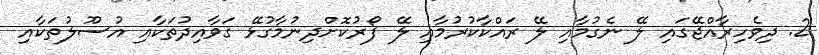
2. ދިވެހިރާއްޖޭގައި ލޭ ނެގުމާއި ލޭ ރައްކާކުރުމާއި ލޭ ފޯރުކޮށްދިނުމާގުޅޭ ގަވާއިދުތަކާއި އުސޫލުތަކާއި